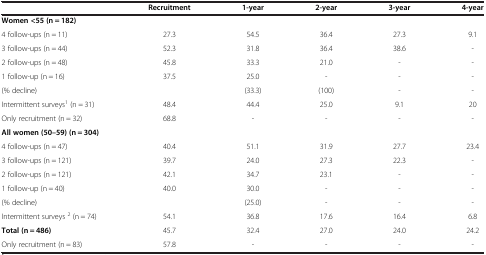
<table><thead><tr><td><b> </b></td><td><b>Recruitment</b></td><td><b>1-year</b></td><td><b>2-year</b></td><td><b>3-year</b></td><td><b>4-year</b></td></tr></thead><tbody><tr><td colspan="6"><b>Women &lt;55 (n = 182)</b></td></tr><tr><td>4 follow-ups (n = 11)</td><td>27.3</td><td>54.5</td><td>36.4</td><td>27.3</td><td>9.1</td></tr><tr><td>3 follow-ups (n = 44)</td><td>52.3</td><td>31.8</td><td>36.4</td><td>38.6</td><td>-</td></tr><tr><td>2 follow-ups (n = 48)</td><td>45.8</td><td>33.3</td><td>21.0</td><td>-</td><td>-</td></tr><tr><td>1 follow-up (n = 16)</td><td>37.5</td><td>25.0</td><td>-</td><td>-</td><td>-</td></tr><tr><td>(% decline)</td><td> </td><td>(33.3)</td><td>(100)</td><td>-</td><td>-</td></tr><tr><td>Intermittent surveys<sup>1</sup> (n = 31)</td><td>48.4</td><td>44.4</td><td>25.0</td><td>9.1</td><td>20</td></tr><tr><td>Only recruitment (n = 32)</td><td>68.8</td><td>-</td><td>-</td><td>-</td><td>-</td></tr><tr><td colspan="6"><b>All women (50–59) (n = 304)</b></td></tr><tr><td>4 follow-ups (n = 47)</td><td>40.4</td><td>51.1</td><td>31.9</td><td>27.7</td><td>23.4</td></tr><tr><td>3 follow-ups (n = 121)</td><td>39.7</td><td>24.0</td><td>27.3</td><td>22.3</td><td>-</td></tr><tr><td>2 follow-ups (n = 121)</td><td>42.1</td><td>34.7</td><td>23.1</td><td>-</td><td>-</td></tr><tr><td>1 follow-up (n = 40)</td><td>40.0</td><td>30.0</td><td>-</td><td>-</td><td>-</td></tr><tr><td>(% decline)</td><td> </td><td>(25.0)</td><td>-</td><td>-</td><td>-</td></tr><tr><td>Intermittent surveys <sup>2</sup> (n = 74)</td><td>54.1</td><td>36.8</td><td>17.6</td><td>16.4</td><td>6.8</td></tr><tr><td><b>Total (n = 486)</b></td><td>45.7</td><td>32.4</td><td>27.0</td><td>24.0</td><td>24.2</td></tr><tr><td>Only recruitment (n = 83)</td><td>57.8</td><td>-</td><td>-</td><td>-</td><td>-</td></tr></tbody></table>